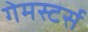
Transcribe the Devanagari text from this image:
गेमस्टर्स